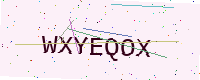
Text: WXYEQOX